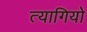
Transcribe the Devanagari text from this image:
त्‍यागियो